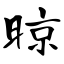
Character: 晾